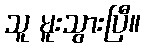
သူ မူးသွားပြီ။